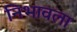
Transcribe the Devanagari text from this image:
निभावला